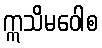
ဣသိမဝေါစ